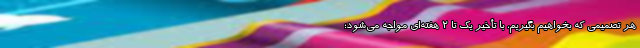
هر تصمیمی که بخواهیم بگیریم، با تأخیر یک تا ۲ هفته‌ای مواجه می‌شود؛